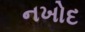
નખોદ